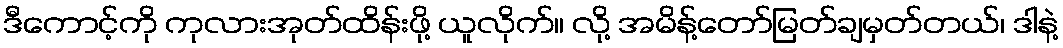
ဒီကောင့်ကို ကုလားအုတ်ထိန်းဖို့ ယူလိုက်။ လို့ အမိန့်တော်မြတ်ချမှတ်တယ်၊ ဒါနဲ့